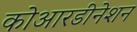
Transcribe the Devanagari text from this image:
कोआरडीनेशन